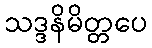
သဒ္ဒနိမိတ္တပေ